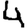
Digit: 4